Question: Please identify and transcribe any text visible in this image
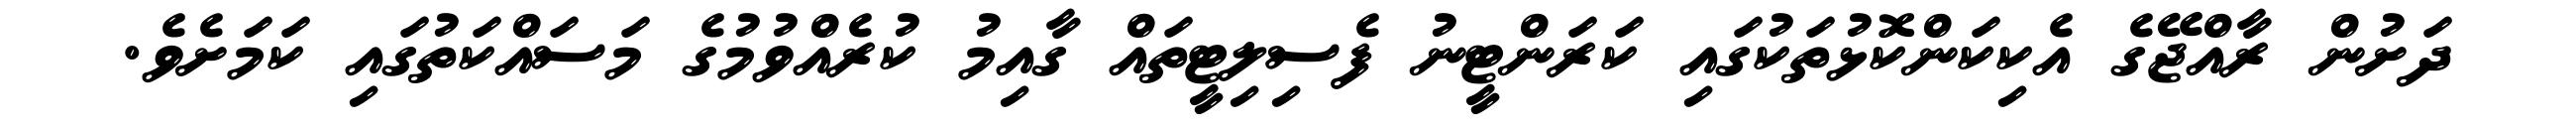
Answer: ދަށުން ރާއްޖޭގެ އެކިކަންކޮޅުތަކުގައި ކަރަންޓީނު ފެސިލިޓީތައް ގާއިމު ކުރެއްވުމުގެ މަސައްކަތުގައި ކަމަށެވެ.